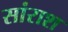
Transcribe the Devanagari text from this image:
सांराश